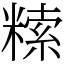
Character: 𥻨